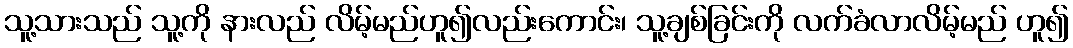
သူ့သားသည် သူ့ကို နားလည် လိမ့်မည်ဟူ၍လည်းကောင်း၊ သူ့ချစ်ခြင်းကို လက်ခံလာလိမ့်မည် ဟူ၍